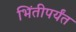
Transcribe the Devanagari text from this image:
भिंतीपर्यंत